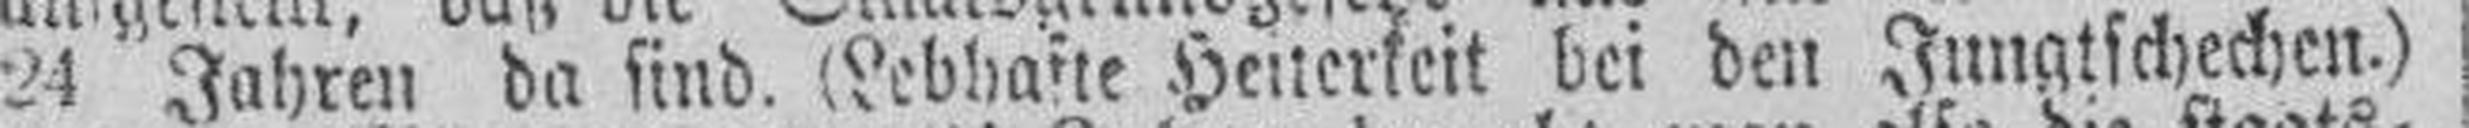
24 Jahren da sind. (Lebhafte Heiterkeit bei den Jungtschechen.)